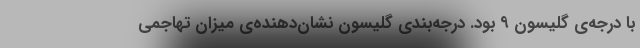
با درجه‌ی گلیسون ۹ بود. درجه‌بندی گلیسون نشان‌دهنده‌ی میزان تهاجمی